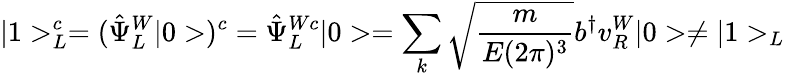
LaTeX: |1>_{L}^{c}=(\hat{\Psi}_{L}^{W}|0>)^{c}=\hat{\Psi}_{L}^{Wc}|0>=\sum_{k}\sqrt{\frac{m}{E(2\pi)^{3}}}b^{\dagger}v_{R}^{W}|0>\neq|1>_{L}